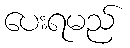
ပေးရမည်